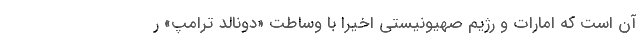
آن است که امارات و رژیم صهیونیستی اخیرا با وساطت «دونالد ترامپ» ر